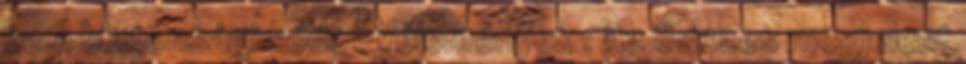
be a biztonsági kódot Vélemények : Az összes megjelent